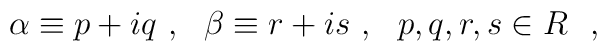
\alpha \equiv p+iq~,~~\beta \equiv r+is~,~~p,q,r,s \in {\boldmath R}~~,